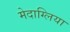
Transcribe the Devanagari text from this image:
मेदाग्लिया